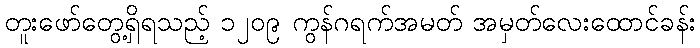
တူးဖော်တွေ့ရှိရသည့် ၁၂၀၉ ကွန်ဂရက်အမတ် အမှတ်လေးထောင်ခန်း